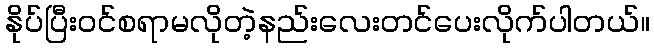
နိုပ်ပြီးဝင်စရာမလိုတဲ့နည်းလေးတင်ပေးလိုက်ပါတယ်။